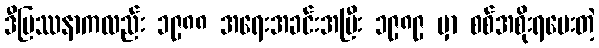
ဒီပြဿနာကလည်း ၁၉၈၈ အရေးအခင်းအပြီး ၁၉၈၉ မှာ စစ်အစိုးရပေးတဲ့